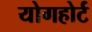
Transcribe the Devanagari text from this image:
योगहोर्ट